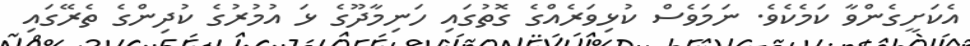
އެކަށީގެންވާ ކަމެކެވެ. ނަމަވެސް ކުޅިވަރެއްގެ ގޮތުގައި ހަނިމާދޫގެ ޅަ އުމުރުގެ ކުދިންގެ ތެރޭގައި